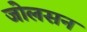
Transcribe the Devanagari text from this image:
जोलसन